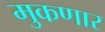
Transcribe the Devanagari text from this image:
मुकणार